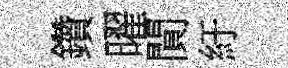
鑽曜閴紆